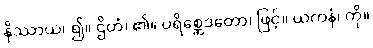
နိဿာယ၊ ၍။ ဌိတံ၊ ၏။ ပရိစ္ဆေဒတော၊ ဖြင့်။ ယကနံ၊ ကို။